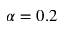
\alpha = 0 . 2